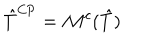
LaTeX: \hat { T } ^ { \mathrm { C P } } = \mathcal { M } ^ { c } ( \hat { T } )